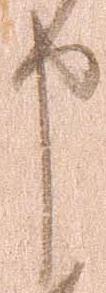
申